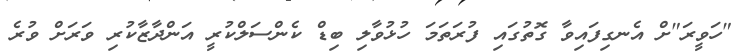
"ހަވީރަ"ށް އެނގިފައިވާ ގޮތުގައި ފުރަތަމަ ހުޅުވާލި ބިޑް ކެންސަލްކުރީ އަންދާޒާކުރި ވަރަށް ވުރެ